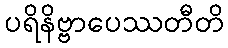
ပရိနိဗ္ဗာပေဿတီတိ